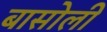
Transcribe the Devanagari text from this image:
बासोली